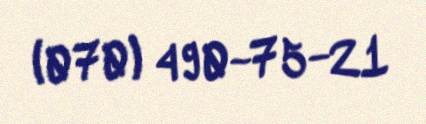
(070) 490-75-21